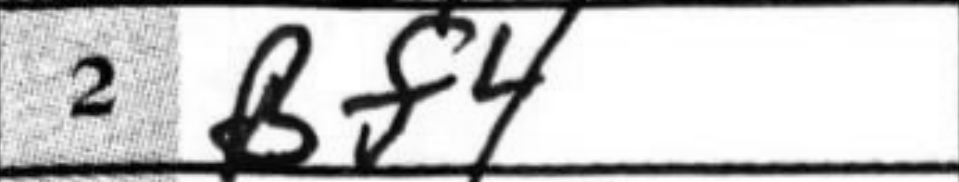
Transcription: Bf4